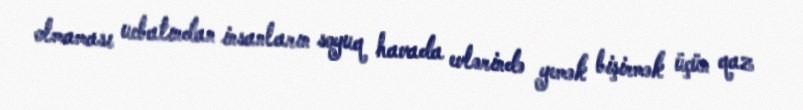
olmaması ucbatından insanların soyuq havada evlərində yemək bişirmək üçün qaz